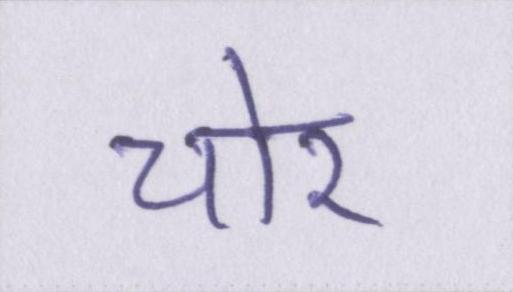
चोर